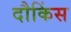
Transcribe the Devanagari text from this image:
दौकिंस